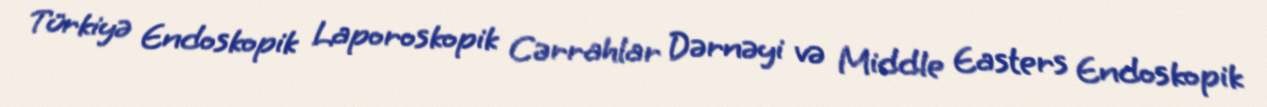
Türkiyə Endoskopik Laporoskopik Cərrahlar Dərnəyi və Middle Easters Endoskopik